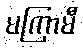
မကြာမီ